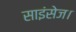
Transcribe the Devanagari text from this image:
साइंसेज।